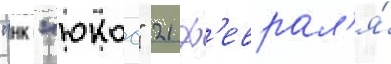
"нк "юкос" 21 ф'еврал'я́